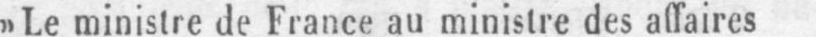
»Le ministre de France au ministre des affaires